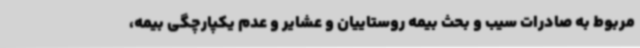
مربوط به صادرات سیب و بحث بیمه روستاییان و عشایر و عدم یکپارچگی بیمه،